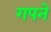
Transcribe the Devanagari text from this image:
गपने